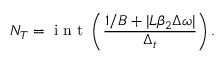
N _ { T } = \mathrm { ~ i ~ n ~ t ~ } \left( \frac { 1 / B + \vert L \beta _ { 2 } \Delta \omega \vert } { \Delta _ { t } } \right) .